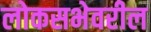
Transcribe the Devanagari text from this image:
लोकसभेवरील